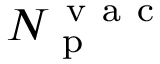
N _ { \mathrm { ~ p ~ } } ^ { \mathrm { ~ v ~ a ~ c ~ } }